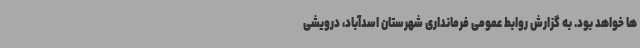
ها خواهد بود. به گزارش روابط عمومی فرمانداری شهرستان اسدآباد، درویشی